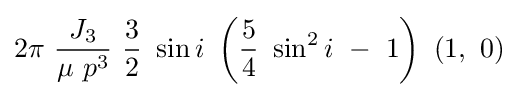
2\pi \ {\frac {J_{3}}{\mu \ p^{3}}}\ {\frac {3}{2}}\ \sin i\ \left({\frac {5}{4}}\ \sin ^{2}i\ -\ 1\right)\ (1,\ 0)